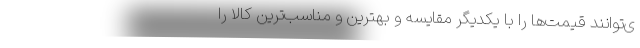
ی‌توانند قیمت‌ها را با یکدیگر مقایسه و بهترین و مناسب‌ترین کالا را